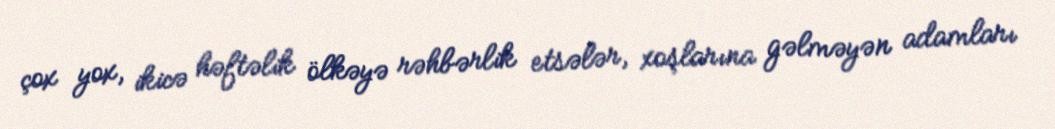
çox yox, ikicə həftəlik ölkəyə rəhbərlik etsələr, xoşlarına gəlməyən adamları